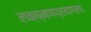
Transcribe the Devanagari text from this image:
लक्ष्मणप्रयागला